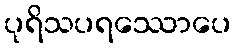
ပုရိသပရဿောပေ